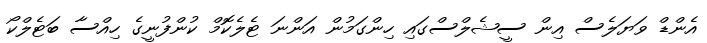
އެންޑް ވަޔަލެސް އިން ސީޝެލްސްގައި ހިންގަމުން އަންނަ ޓެލެކޮމް ކުންފުނީގެ ހިއްސާ ބަޓެލްކޯ